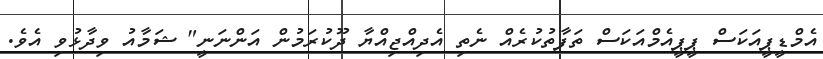
އެމްޑީޕީއަކަސް ޕީޕީއެމްއަކަސް ތަފާތުކުރެއް ނެތި އެދިއްޖިއްޔާ ދޫކުރަމުން އަންނަނީ" ޝަމާއު ވިދާޅުވި އެވެ.